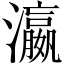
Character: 瀛